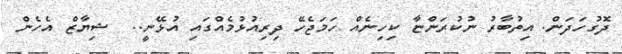
ދޮގުހަދަން. އިތުބާރު ނުކުރަންޏާ ކިހިނެއް ހަމަޖެހޭ ދިރިއުޅުމެއްގައި އުޅޭނީ..  ޝިޔާޒް އެހެން